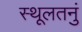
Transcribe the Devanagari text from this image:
स्थूलतनुं